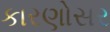
કારણોસર